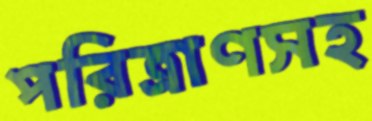
পরিত্রাণসহ